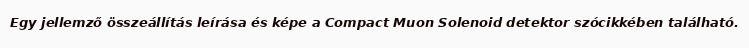
Egy jellemző összeállítás leírása és képe a Compact Muon Solenoid detektor szócikkében található.